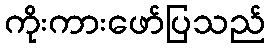
ကိုးကားဖော်ပြသည်